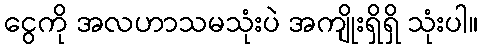
ငွေကို အလဟာသမသုံးပဲ အကျိုးရှိရှိ သုံးပါ။